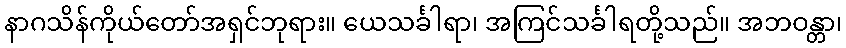
နာဂသိန်ကိုယ်တော်အရှင်ဘုရား။ ယေသင်္ခါရာ၊ အကြင်သင်္ခါရတို့သည်။ အဘဝန္တာ၊